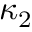
\kappa _ { 2 }